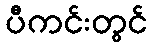
ပီကင်းတွင်